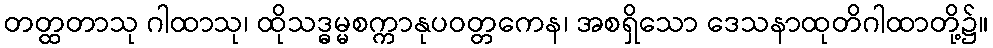
တတ္ထတာသု ဂါထာသု၊ ထိုသဒ္ဓမ္မစက္ကာနုပဝတ္တကေန၊ အစရှိသော ဒေသနာထုတိဂါထာတို့၌။